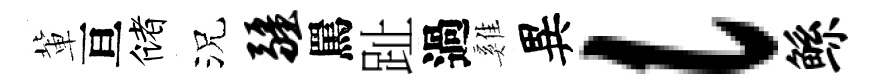
軰亘储況疆罵趾過雞異l鲧